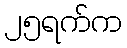
၂၅ရက်က